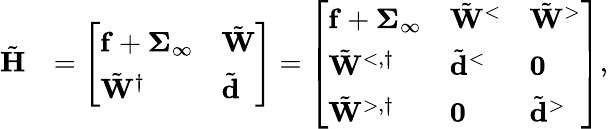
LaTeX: \begin{array}{rl}{\tilde{\mathbf{H}}}&{=\left[\begin{array}{ll}{\mathbf{f}+\boldsymbol{\Sigma}_{\infty}}&{\tilde{\mathbf{W}}}\\ {\tilde{\mathbf{W}}^{\dagger}}&{\tilde{\mathbf{d}}}\end{array}\right]=\left[\begin{array}{lll}{\mathbf{f}+\boldsymbol{\Sigma}_{\infty}}&{\tilde{\mathbf{W}}^{<}}&{\tilde{\mathbf{W}}^{>}}\\ {\tilde{\mathbf{W}}^{<,\dagger}}&{\tilde{\mathbf{d}}^{<}}&{\mathbf{0}}\\ {\tilde{\mathbf{W}}^{>,\dagger}}&{\mathbf{0}}&{\tilde{\mathbf{d}}^{>}}\end{array}\right],}\end{array}